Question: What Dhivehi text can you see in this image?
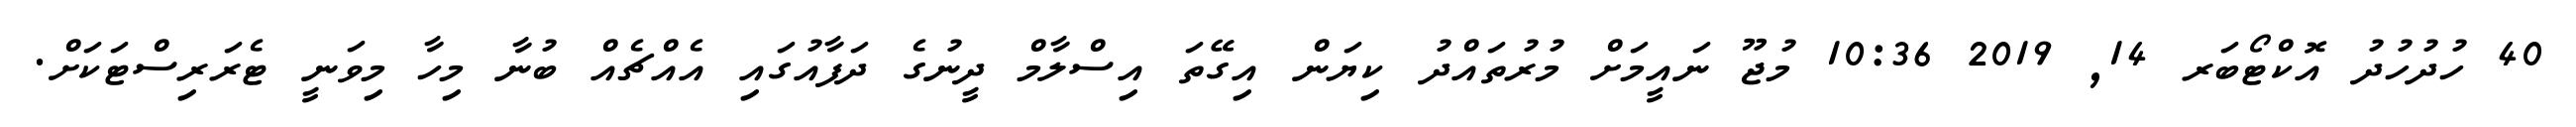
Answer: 40 ހުދުހުދު އޮކްޓޯބަރ 14, 2019 10:36 މުޖޫ ނައީމަށް މުރުތައްދު ކިޔަން އިގޭތަ އިސްލާމް ދީނުގެ ދަފާއުގައި އެއްޗެއް ބުނާ މިހާ މިވަނީ ޓެރަރިސްޓަކަށް.